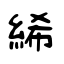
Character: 絺